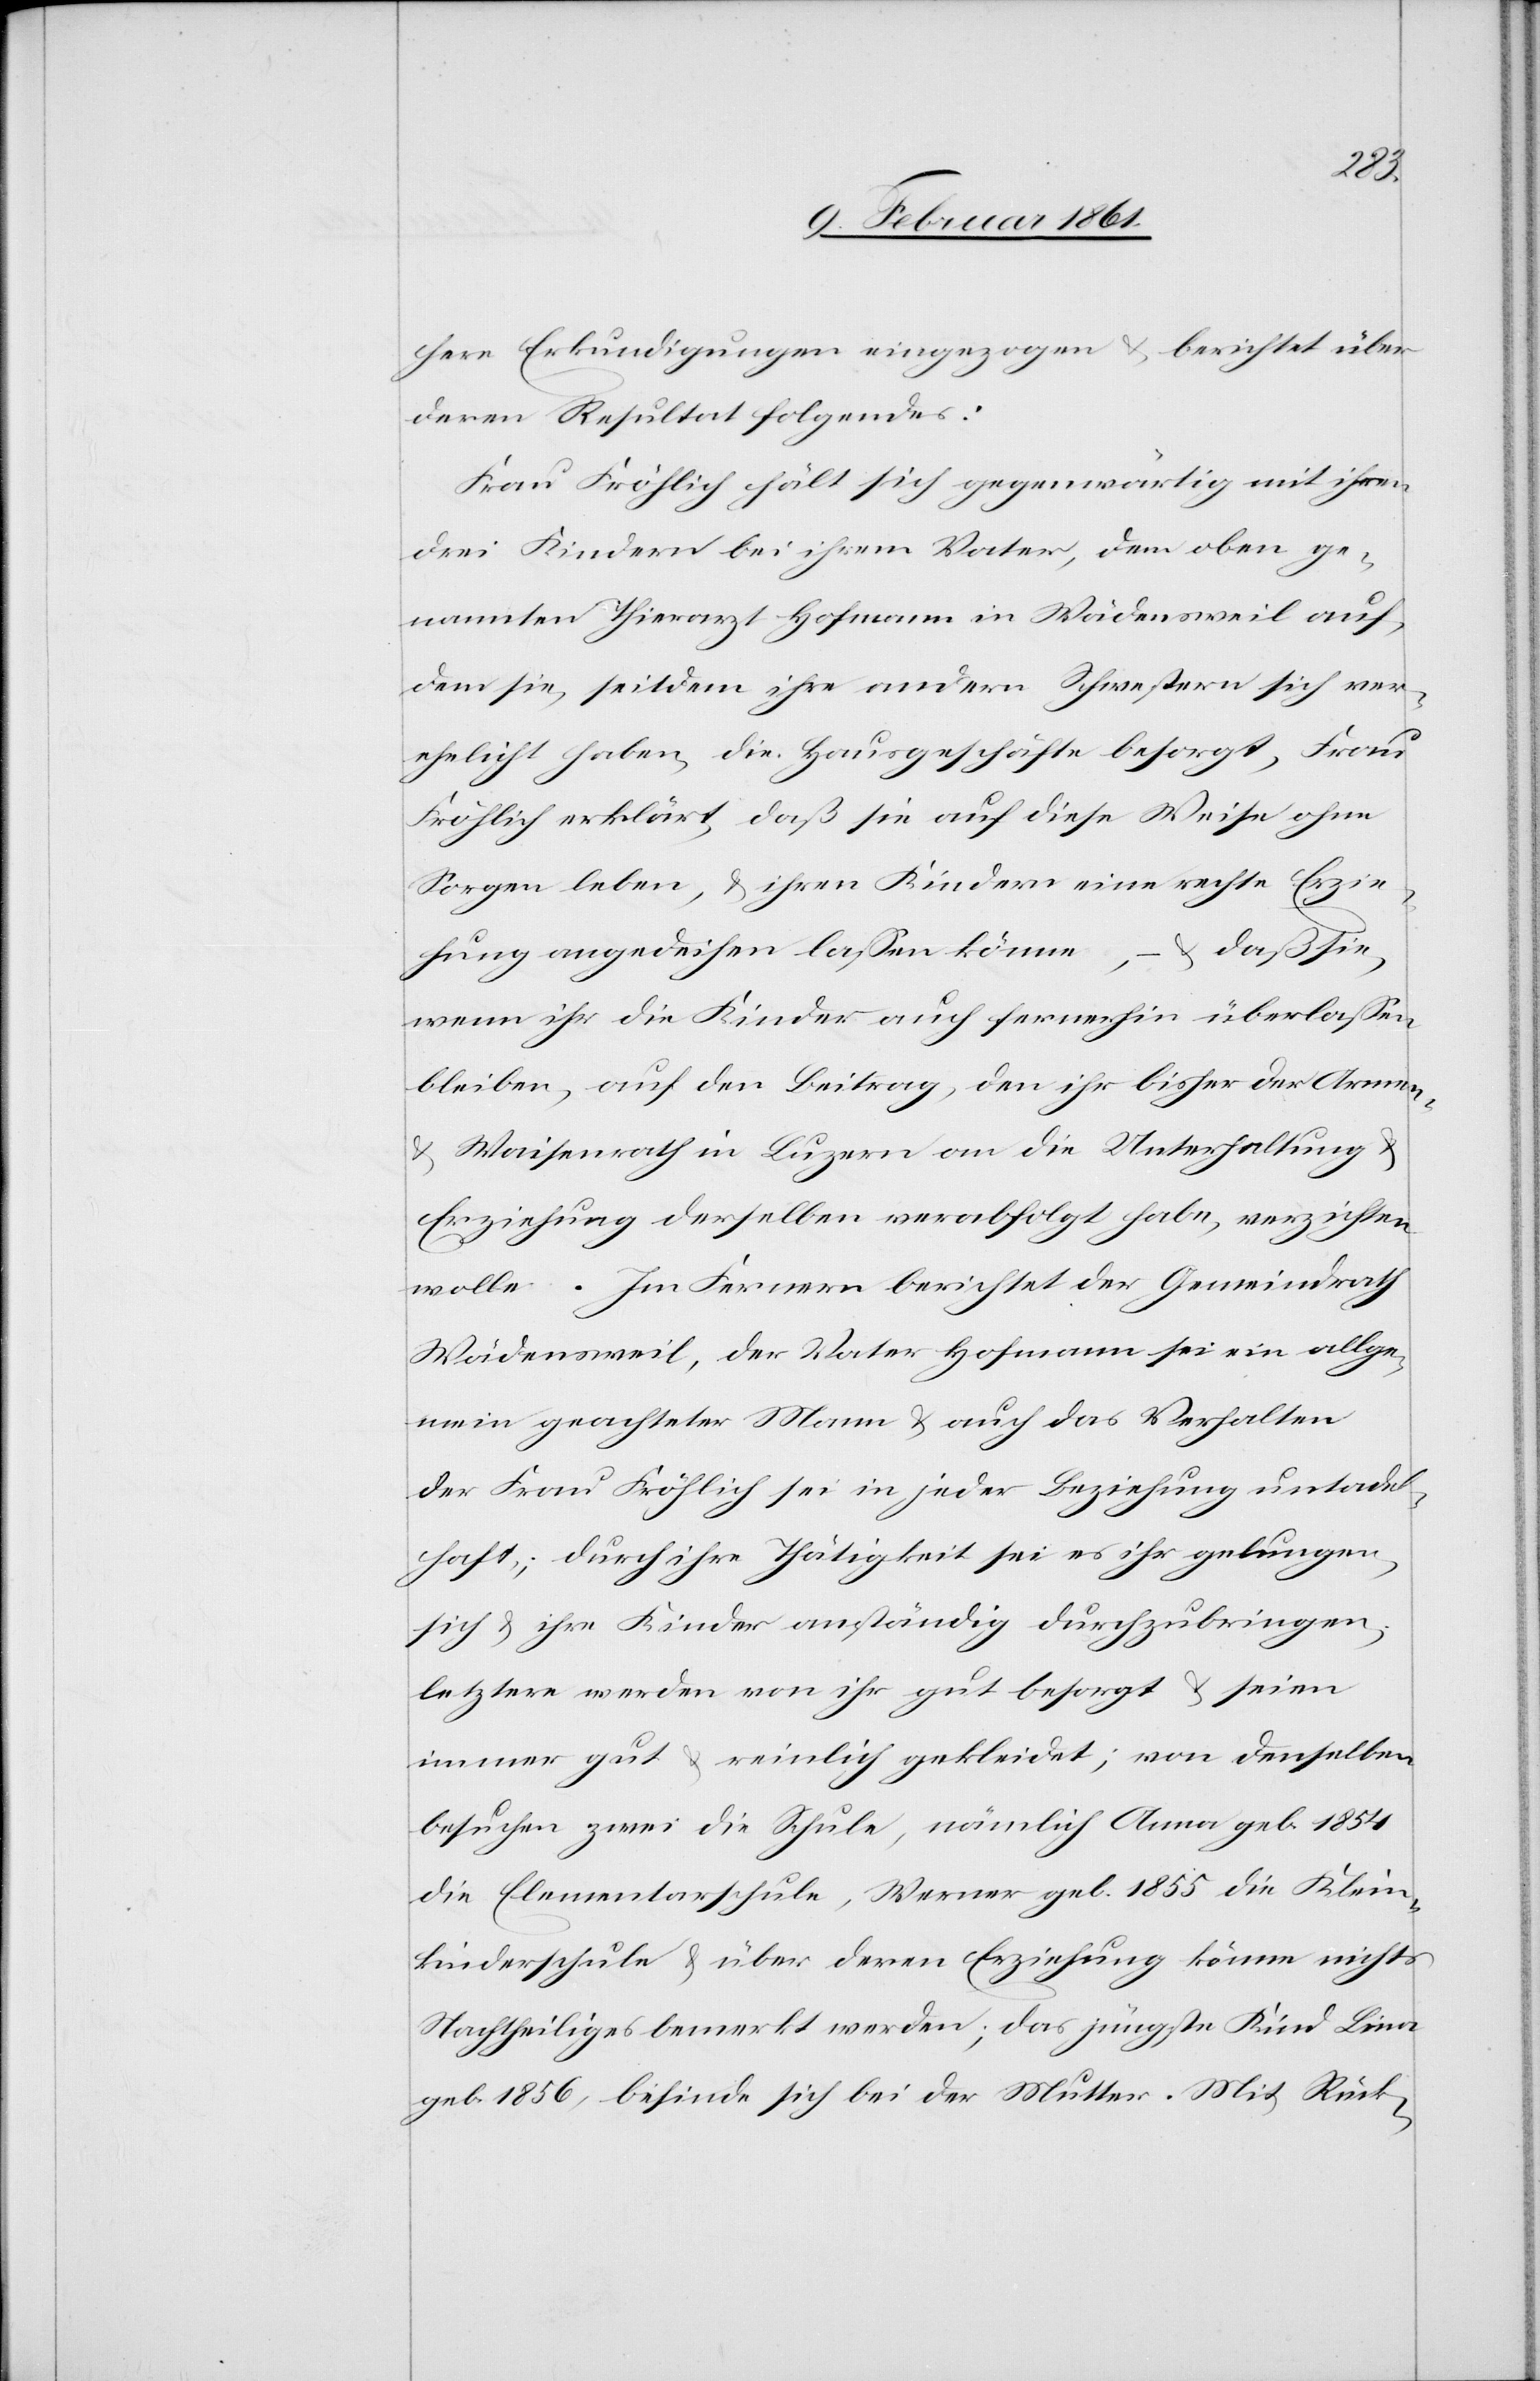
here Erkundigungen eingezogen u. berichtet über
deren Resultat folgendes:
Frau Fröhlich hält sich gegenwärtig mit ihren
drei Kindern bei ihrem Vater, dem oben ge¬
nannten Thierarzt Hofmann in Wädensweil auf,
dem sie, seitdem ihre andern Schwestern sich ver¬
ehelicht haben, die Hausgeschäfte besorgt, Frau
Fröhlich erklärt, daß sie auf diese Weise ohne
Sorgen leben, u. ihren Kindern eine rechte Erzie¬
– u. daß sie,
hung angedeihen lassen könne,
wenn ihr die Kinder auch fernerhin überlassen
bleiben, auf den Beitrag, den ihr bisher der Armen-
u. Waisenrath in Luzern an die Unterhaltung u.
Erziehung derselben verabfolgt habe, verzichten
wolle. Im Fernern berichtet der Gemeindrath
Wädensweil, der Vater Hofmann sei ein allge¬
mein geachteter Mann u. auch das Verhalten
der Frau Fröhlich sei in jeder Beziehung untadel¬
haft; durch ihre Thätigkeit sei es ihr gelungen,
sich u. ihre Kinder anständig durchzubringen,
letztere werden von ihr gut besorgt u. seien
immer gut u. reinlich gekleidet; von denselben
besuchen zwei die Schule, nämlich Anna geb. 1854
die Elementarschule, Werner geb. 1855 die Klein¬
kinderschule u. über deren Erziehung könne nichts
Nachtheiliges bemerkt werden; das jüngste Kind Lina
geb. 1856, befinde sich bei der Mutter. Mit Rück-